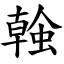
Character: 螒